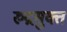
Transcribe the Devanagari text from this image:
रुद्रसुक्त